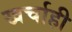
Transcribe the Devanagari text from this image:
खर्चाही